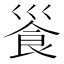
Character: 𩚓